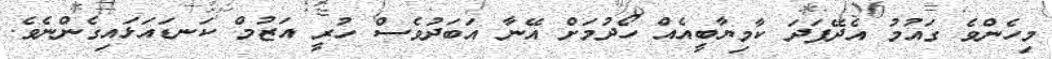
މިހެންވެ ގައުމު އެދޭފަދަ ކާމިޔާބީއެއް ހޯދުމަށް އޭނާ އަބަދުވެސް ހުރީ އަޒުމް ކަނޑައަޅައިގެންނެވެ.